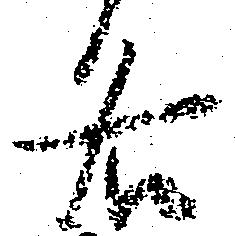
各